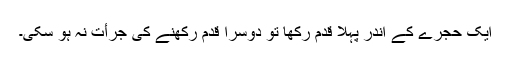
ایک حجرے کے اندر پہلا قدم رکھا تو دوسرا قدم رکھنے کی جرأت نہ ہو سکی۔